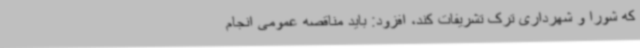
که شورا و شهرداری ترک تشریفات کند، افزود: باید مناقصه عمومی انجام‌